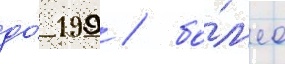
до́ 199 / бо́л'ее